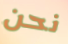
نحن